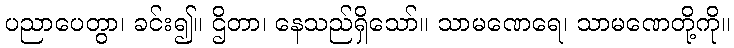
ပညာပေတွာ၊ ခင်း၍။ ဌိတာ၊ နေသည်ရှိသော်။ သာမဏေရေ၊ သာမဏေတို့ကို။